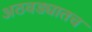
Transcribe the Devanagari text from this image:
अठवड्यातच